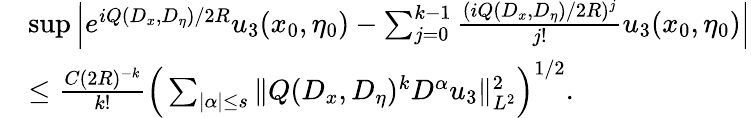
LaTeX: \begin{array}{rl}&{\operatorname*{sup}\Big|e^{iQ(D_{x},D_{\eta})/2R}u_{3}(x_{0},\eta_{0})-\sum_{j=0}^{k-1}\frac{(iQ(D_{x},D_{\eta})/2R)^{j}}{j!}u_{3}(x_{0},\eta_{0})\Big|}\\ &{\leq\frac{C(2R)^{-k}}{k!}\Big(\sum_{|\alpha|\leq s}\| Q(D_{x},D_{\eta})^{k}D^{\alpha}u_{3}\| _{L^{2}}^{2}\Big)^{1/2}.}\end{array}